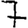
Digit: 7